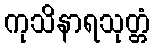
ကုသိနာရသုတ္တံ